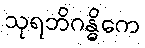
သုရဘိဂန္ဓိကေ